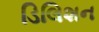
ડિલિશન